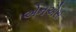
એનએસ